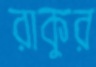
রাকুর